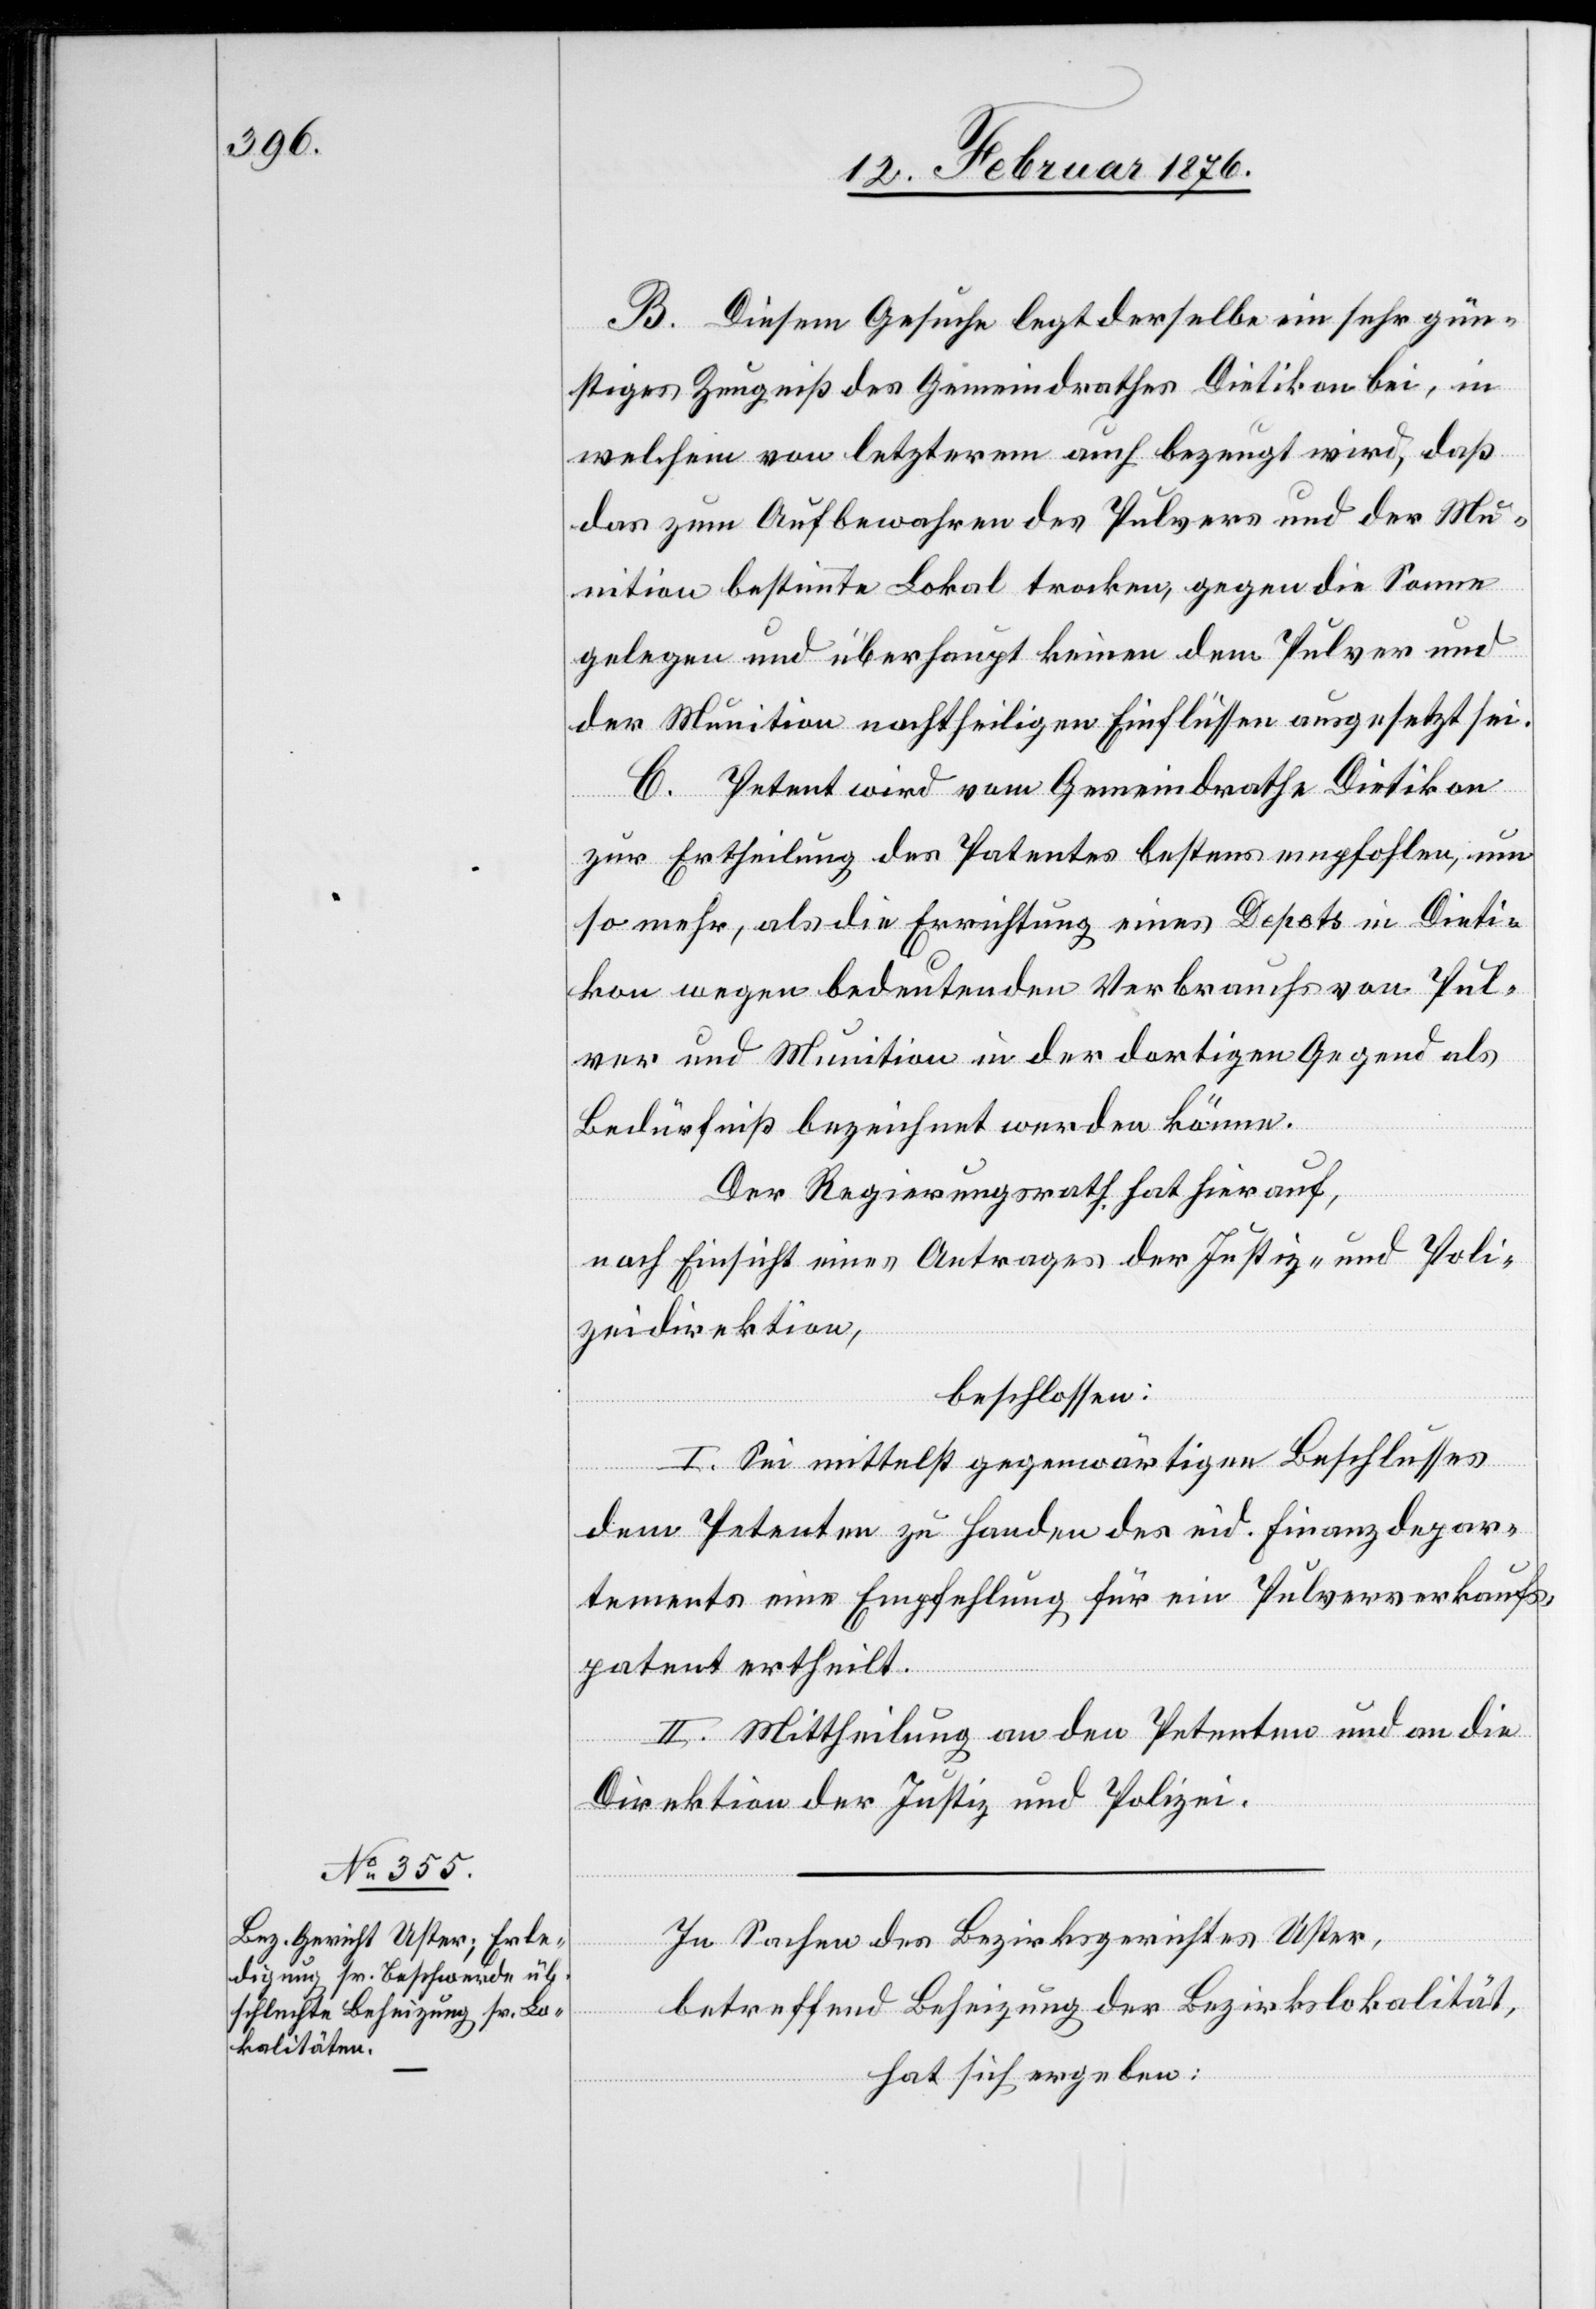
B. Diesem Gesuche legt derselbe ein sehr gün¬
stiges Zeugniß des Gemeindrathes Dietikon bei, in
welchem von letzterem auch bezeugt wird, daß
das zum Aufbewahren des Pulvers und der Mu¬
nition bestimmte Lokal trocken, gegen die Sonne
gelegen und überhaupt keine dem Pulver und
der Munition nachtheiligen Einflüsse ausgesetzt sei.
C. Petent wird vom Gemeindrathe Dietikon
zur Ertheilung des Patentes bestens empfohlen, um
so mehr, als die Errichtung eines Depots in Dieti¬
kon wegen bedeutenden Verbrauchs von Pul¬
ver und Munition in der dortigen Gegend als
Bedürfniß bezeichnet werden könne.
Der Regierungsrath hat hierauf,
nach Einsicht eines Antrages der Justiz- und Poli¬
zeidirektion,
beschlossen:
I. Sei mittelst gegenwärtigen Beschlusses
dem Petenten zu Handen des eid. Finanzdepar¬
tements eine Empfehlung für ein Pulververkaufs¬
patent ertheilt.
II. Mittheilung an den Petenten und an die
Direktion der Justiz und Polizei.
In Sachen des Bezirksgerichtes Uster,
betreffend Beheizung der Bezirkslokalität
hat sich ergeben: